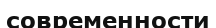
современности